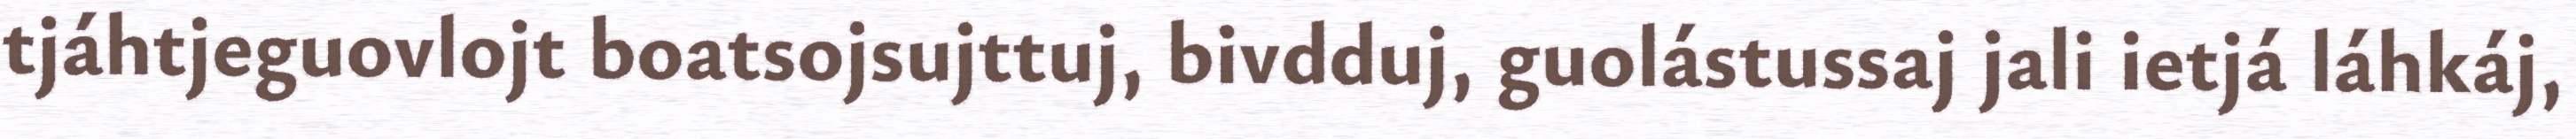
tjáhtjeguovlojt boatsojsujttuj, bivdduj, guolástussaj jali ietjá láhkáj,